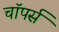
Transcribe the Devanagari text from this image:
चाॅपर्स